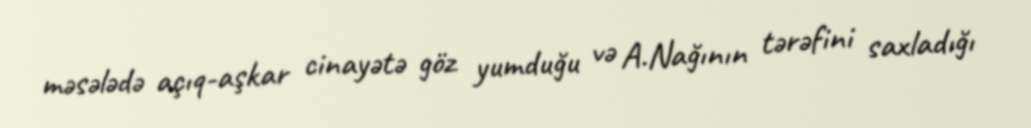
məsələdə açıq-aşkar cinayətə göz yumduğu və A.Nağının tərəfini saxladığı